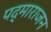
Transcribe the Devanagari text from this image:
पद्माराजन